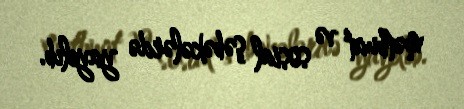
mətbuat və sosial şəbəkələrdə yayılıb.